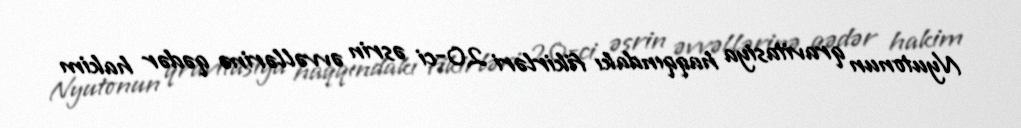
Nyutonun qravitasiya haqqındakı fikirləri 20-ci əsrin əvvəllərinə qədər hakim